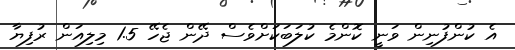
އެ ކުންފުނިން ވަނީ ކޮންމެ ކުލަބަކަށްވެސް ދޭން ޖެހޭ 1.5 މިލިއަން ރުފިޔާ